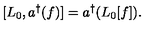
[ L _ { 0 } , a ^ { \dag } ( f ) ] = a ^ { \dag } ( L _ { 0 } [ f ] ) .